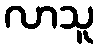
လာသူ